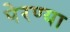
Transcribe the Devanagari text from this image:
पेरण्या